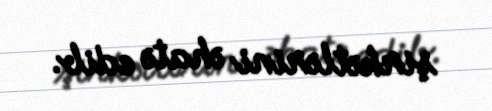
şirkətlərini əhatə edib.